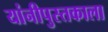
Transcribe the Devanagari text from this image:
यांनीपुस्तकाला